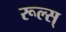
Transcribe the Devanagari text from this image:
रूल्स्